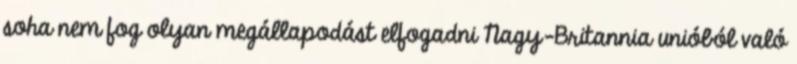
soha nem fog olyan megállapodást elfogadni Nagy-Britannia unióból való